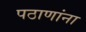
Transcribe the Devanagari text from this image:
पठाणांना